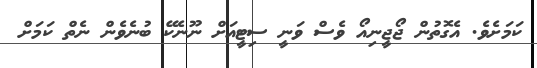
ކަމަށެވެ. އެގޮތުން ޖޯޖީނިއޯ ވެސް ވަނީ ސިޓީއަށް ނޫނެކޭ ބުނެވެން ނެތް ކަމަށް